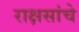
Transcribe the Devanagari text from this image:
राक्षसांचे